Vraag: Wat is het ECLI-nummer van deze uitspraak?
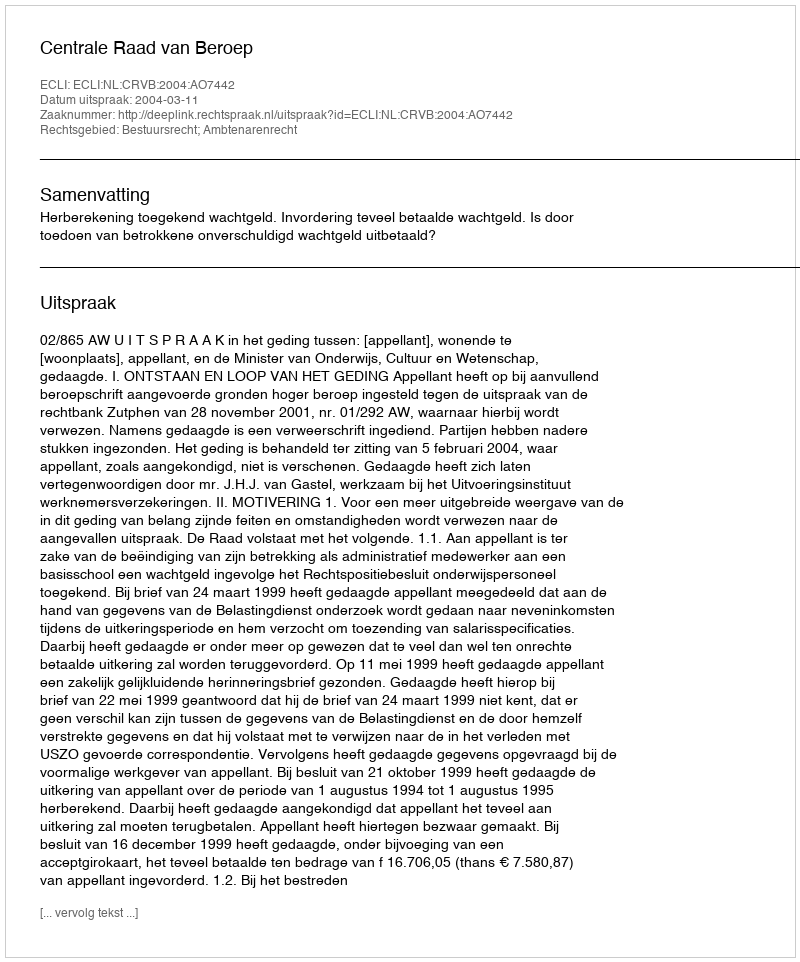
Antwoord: ECLI:NL:CRVB:2004:AO7442